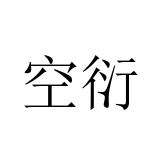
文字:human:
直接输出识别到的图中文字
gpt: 空衍